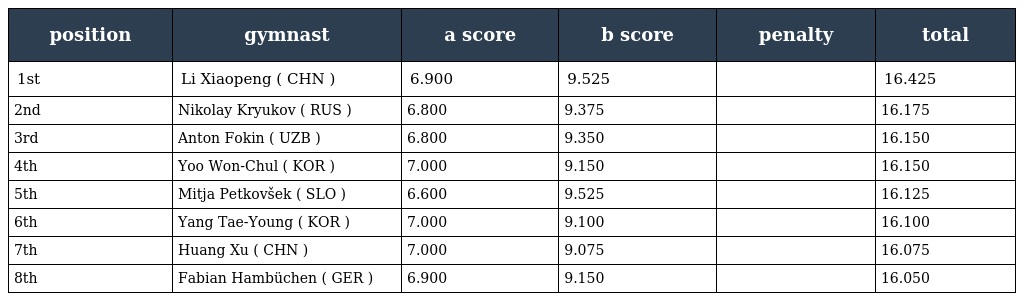
| position | gymnast | a score | b score | penalty | total |
 | --- | --- | --- | --- | --- | --- |
 | 1st | Li Xiaopeng ( CHN ) | 6.900 | 9.525 |  | 16.425 |
 | 2nd | Nikolay Kryukov ( RUS ) | 6.800 | 9.375 |  | 16.175 |
 | 3rd | Anton Fokin ( UZB ) | 6.800 | 9.350 |  | 16.150 |
 | 4th | Yoo Won-Chul ( KOR ) | 7.000 | 9.150 |  | 16.150 |
 | 5th | Mitja Petkovšek ( SLO ) | 6.600 | 9.525 |  | 16.125 |
 | 6th | Yang Tae-Young ( KOR ) | 7.000 | 9.100 |  | 16.100 |
 | 7th | Huang Xu ( CHN ) | 7.000 | 9.075 |  | 16.075 |
 | 8th | Fabian Hambüchen ( GER ) | 6.900 | 9.150 |  | 16.050 |